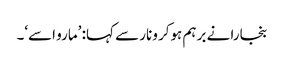
بنجارا نے برہم ہوکر ونار سے کہا: ’مارو اسے‘۔